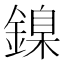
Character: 鎳